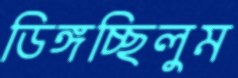
ডিঙ্গচ্ছিলুম